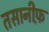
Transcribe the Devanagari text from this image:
तसानीफ़